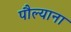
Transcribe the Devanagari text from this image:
पौल्याना